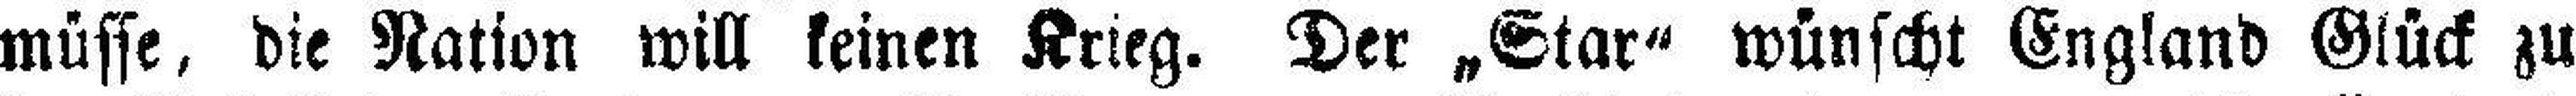
müsse, die Nation will keinen Krieg. Der „Star“ wünscht England Glück zu